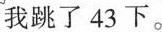
我跳了43下。